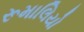
રૂમાલિયો